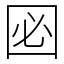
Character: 㘠